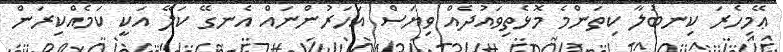
ޢޭމިހެރަ ކިނބުލާ ކިތަންމެ މޮޅެތިވައުދެއް ވިޔަސް އަހަރުންނައް އެނގޭ ކަލޭ އަކީ ކަމެއްކިރަން